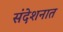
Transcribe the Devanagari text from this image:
संदेशनात